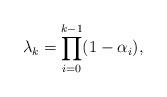
LaTeX: \begin{align*}\lambda_k= \prod^{k-1}_{i=0} (1-\alpha_i),\end{align*}